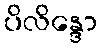
ပိလိန္ဒော